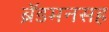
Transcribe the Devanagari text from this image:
ब्रॅडमनसह